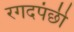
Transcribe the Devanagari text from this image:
रगदपंछी